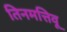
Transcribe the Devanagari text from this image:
तिनमत्तिवू